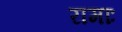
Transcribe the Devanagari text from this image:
रामाः